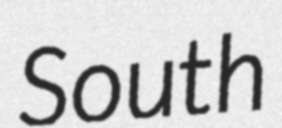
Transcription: South